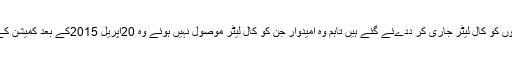
متعلقہ امیدواروں کو کال لیٹر جاری کر ددےئے گئے ہیں تاہم وہ امیدوار جن کو کال لیٹر موصول نہیں ہوئے وہ 20اپریل 2015کے بعد کمیشن کے دفتر واقع 2۔